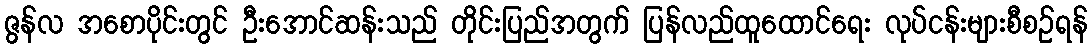
ဇွန်လ အစောပိုင်းတွင် ဦးအောင်ဆန်းသည် တိုင်းပြည်အတွက် ပြန်လည်ထူထောင်ရေး လုပ်ငန်းများစီစဉ်ရန်